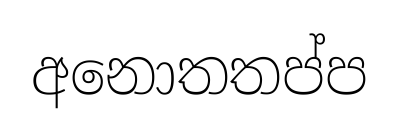
අනොතතප්ප